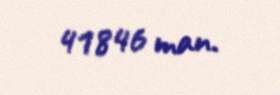
41846 man.